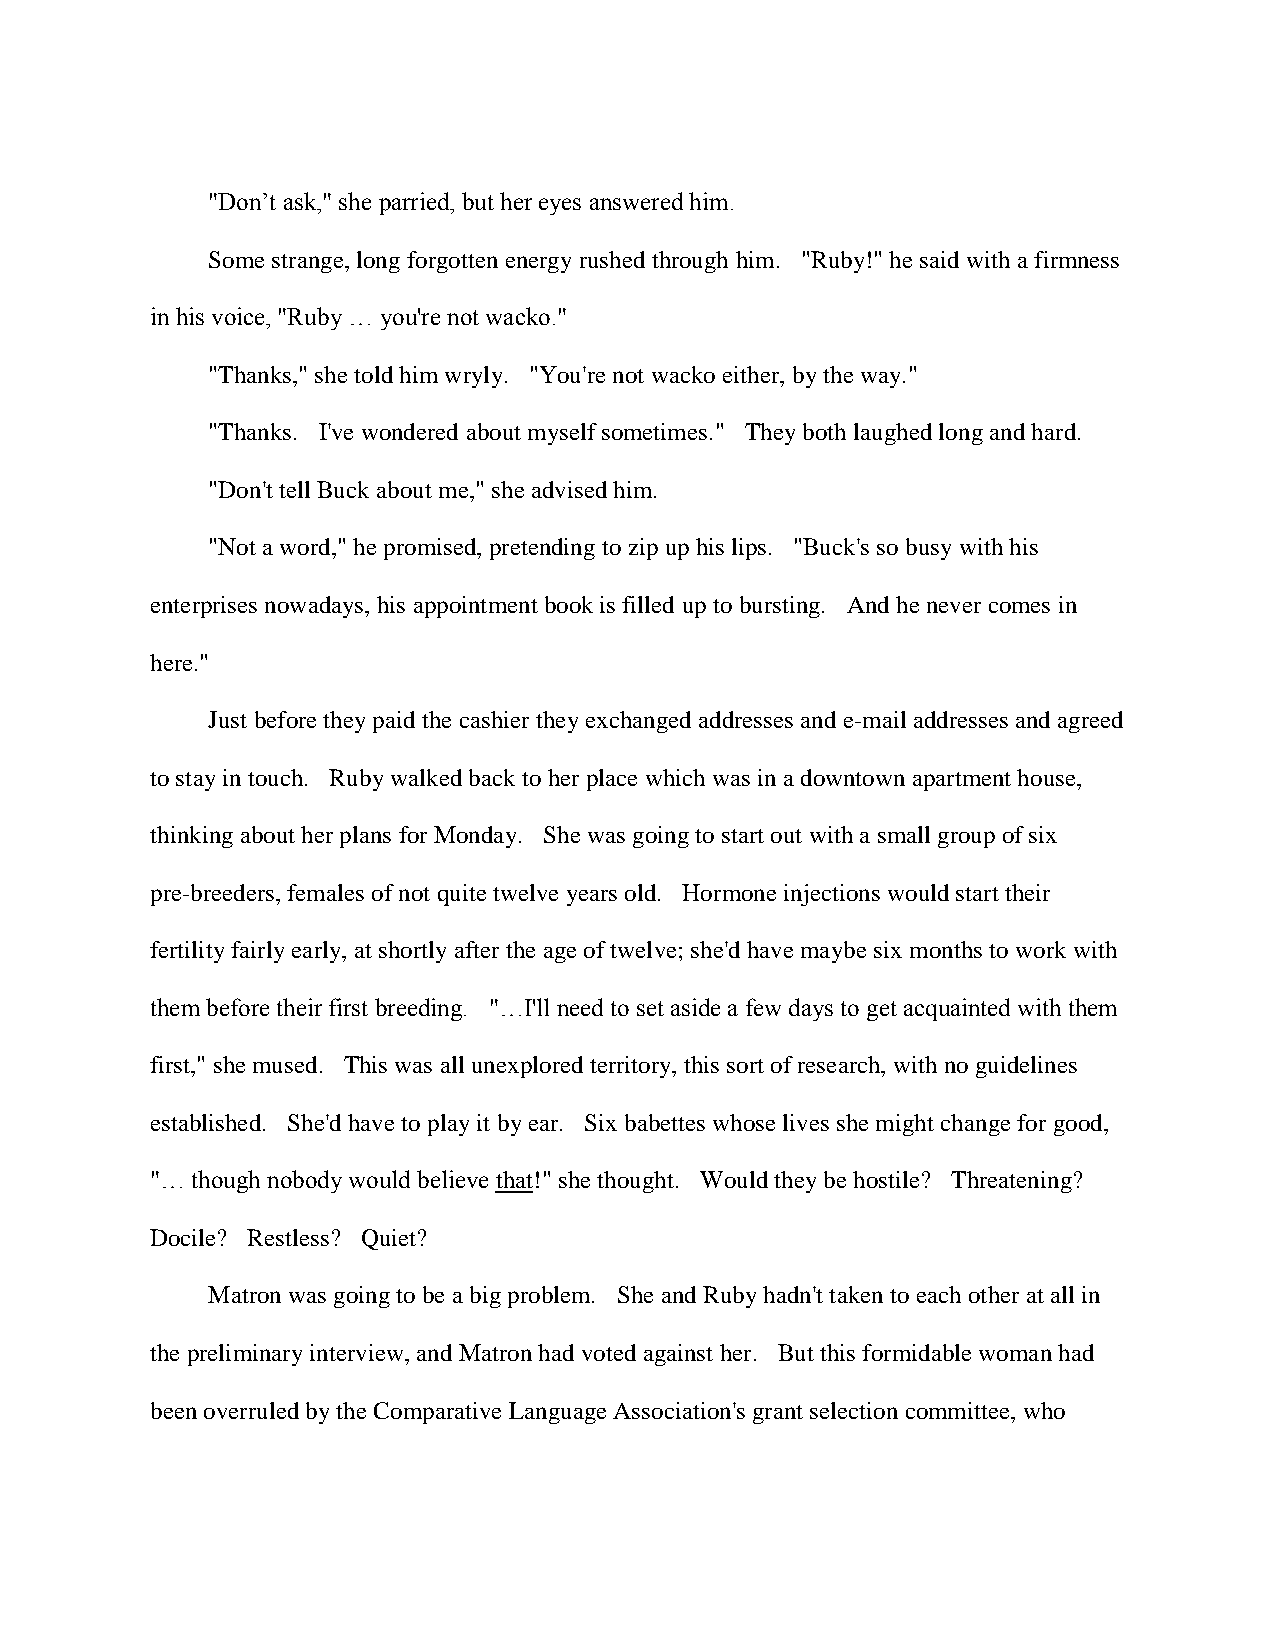
"Don’t ask," she parried, but her eyes answered him.
 Some strange, long forgotten energy rushed through him. "Ruby!" he said with a firmness
 in his voice, "Ruby … you're not wacko."
 "Thanks," she told him wryly. "You're not wacko either, by the way."
 "Thanks. I've wondered about myself sometimes." They both laughed long and hard.
 "Don't tell Buck about me," she advised him.
 "Not a word," he promised, pretending to zip up his lips. "Buck's so busy with his
 enterprises nowadays, his appointment book is filled up to bursting. And he never comes in
 here."
 Just before they paid the cashier they exchanged addresses and e-mail addresses and agreed
 to stay in touch. Ruby walked back to her place which was in a downtown apartment house,
 thinking about her plans for Monday. She was going to start out with a small group of six
 pre-breeders, females of not quite twelve years old. Hormone injections would start their
 fertility fairly early, at shortly after the age of twelve; she'd have maybe six months to work with
 them before their first breeding. "…I'll need to set aside a few days to get acquainted with them
 first," she mused. This was all unexplored territory, this sort of research, with no guidelines
 established. She'd have to play it by ear. Six babettes whose lives she might change for good,
 "… though nobody would believe that!" she thought. Would they be hostile? Threatening?
 Docile? Restless? Quiet?
 Matron was going to be a big problem. She and Ruby hadn't taken to each other at all in
 the preliminary interview, and Matron had voted against her. But this formidable woman had
 been overruled by the Comparative Language Association's grant selection committee, who